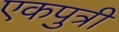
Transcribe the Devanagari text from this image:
एकपुत्री